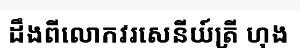
ដឹងពីលោកវរសេនីយ៍ត្រី ហុង